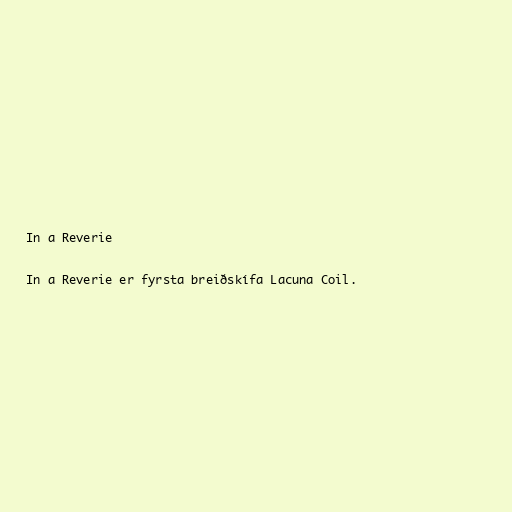
In a Reverie

In a Reverie er fyrsta breiðskífa Lacuna Coil.